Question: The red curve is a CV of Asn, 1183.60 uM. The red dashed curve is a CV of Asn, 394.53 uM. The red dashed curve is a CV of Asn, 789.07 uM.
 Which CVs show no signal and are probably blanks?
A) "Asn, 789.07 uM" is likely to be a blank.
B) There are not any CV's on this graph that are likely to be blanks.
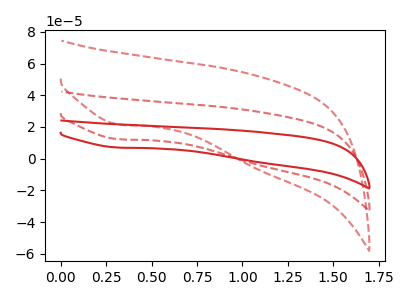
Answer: <think>The red curve "Asn, 1183.60 uM" has a cathodic peak at: (0.30V, 24.50uA). The red dashed curve "Asn, 394.53 uM" has a cathodic peak at: (0.30V, 12.25uA). The red dashed curve "Asn, 789.07 uM" has a cathodic peak at: (0.30V, 21.50uA).</think>
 <answer>B) There are not any CV's on this graph that are likely to be blanks.</answer>
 <eval>B</eval>